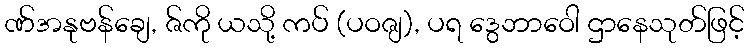
ဏ်အနုဗန်ချေ, ဇ်ကို ယသို့ ကပ် (ပဝဇျ), ပရ ဒွေဘာဝေါ ဌာနေသုတ်ဖြင့်